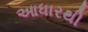
આધારથી